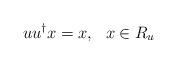
LaTeX: \begin{align*}uu^{\dagger}x=x, \ \ x \in R_{u}\end{align*}